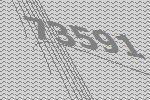
73591